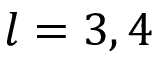
l = 3 , 4